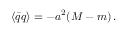
\langle \bar { q } q \rangle = - a ^ { 2 } ( M - m ) \, .